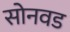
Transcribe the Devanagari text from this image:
सोनवड